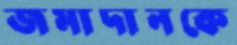
জমাদানকে